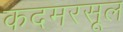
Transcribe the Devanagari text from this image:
कदमरसूल